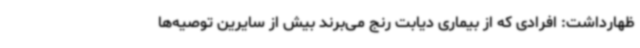
ظهارداشت: افرادی که از بیماری دیابت رنج می‌برند بیش از سایرین توصیه‌ها